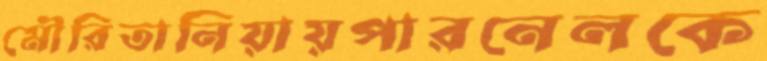
মৌরিতানিয়ায়পারনেলকে